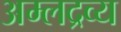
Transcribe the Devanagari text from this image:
अम्लद्रव्य